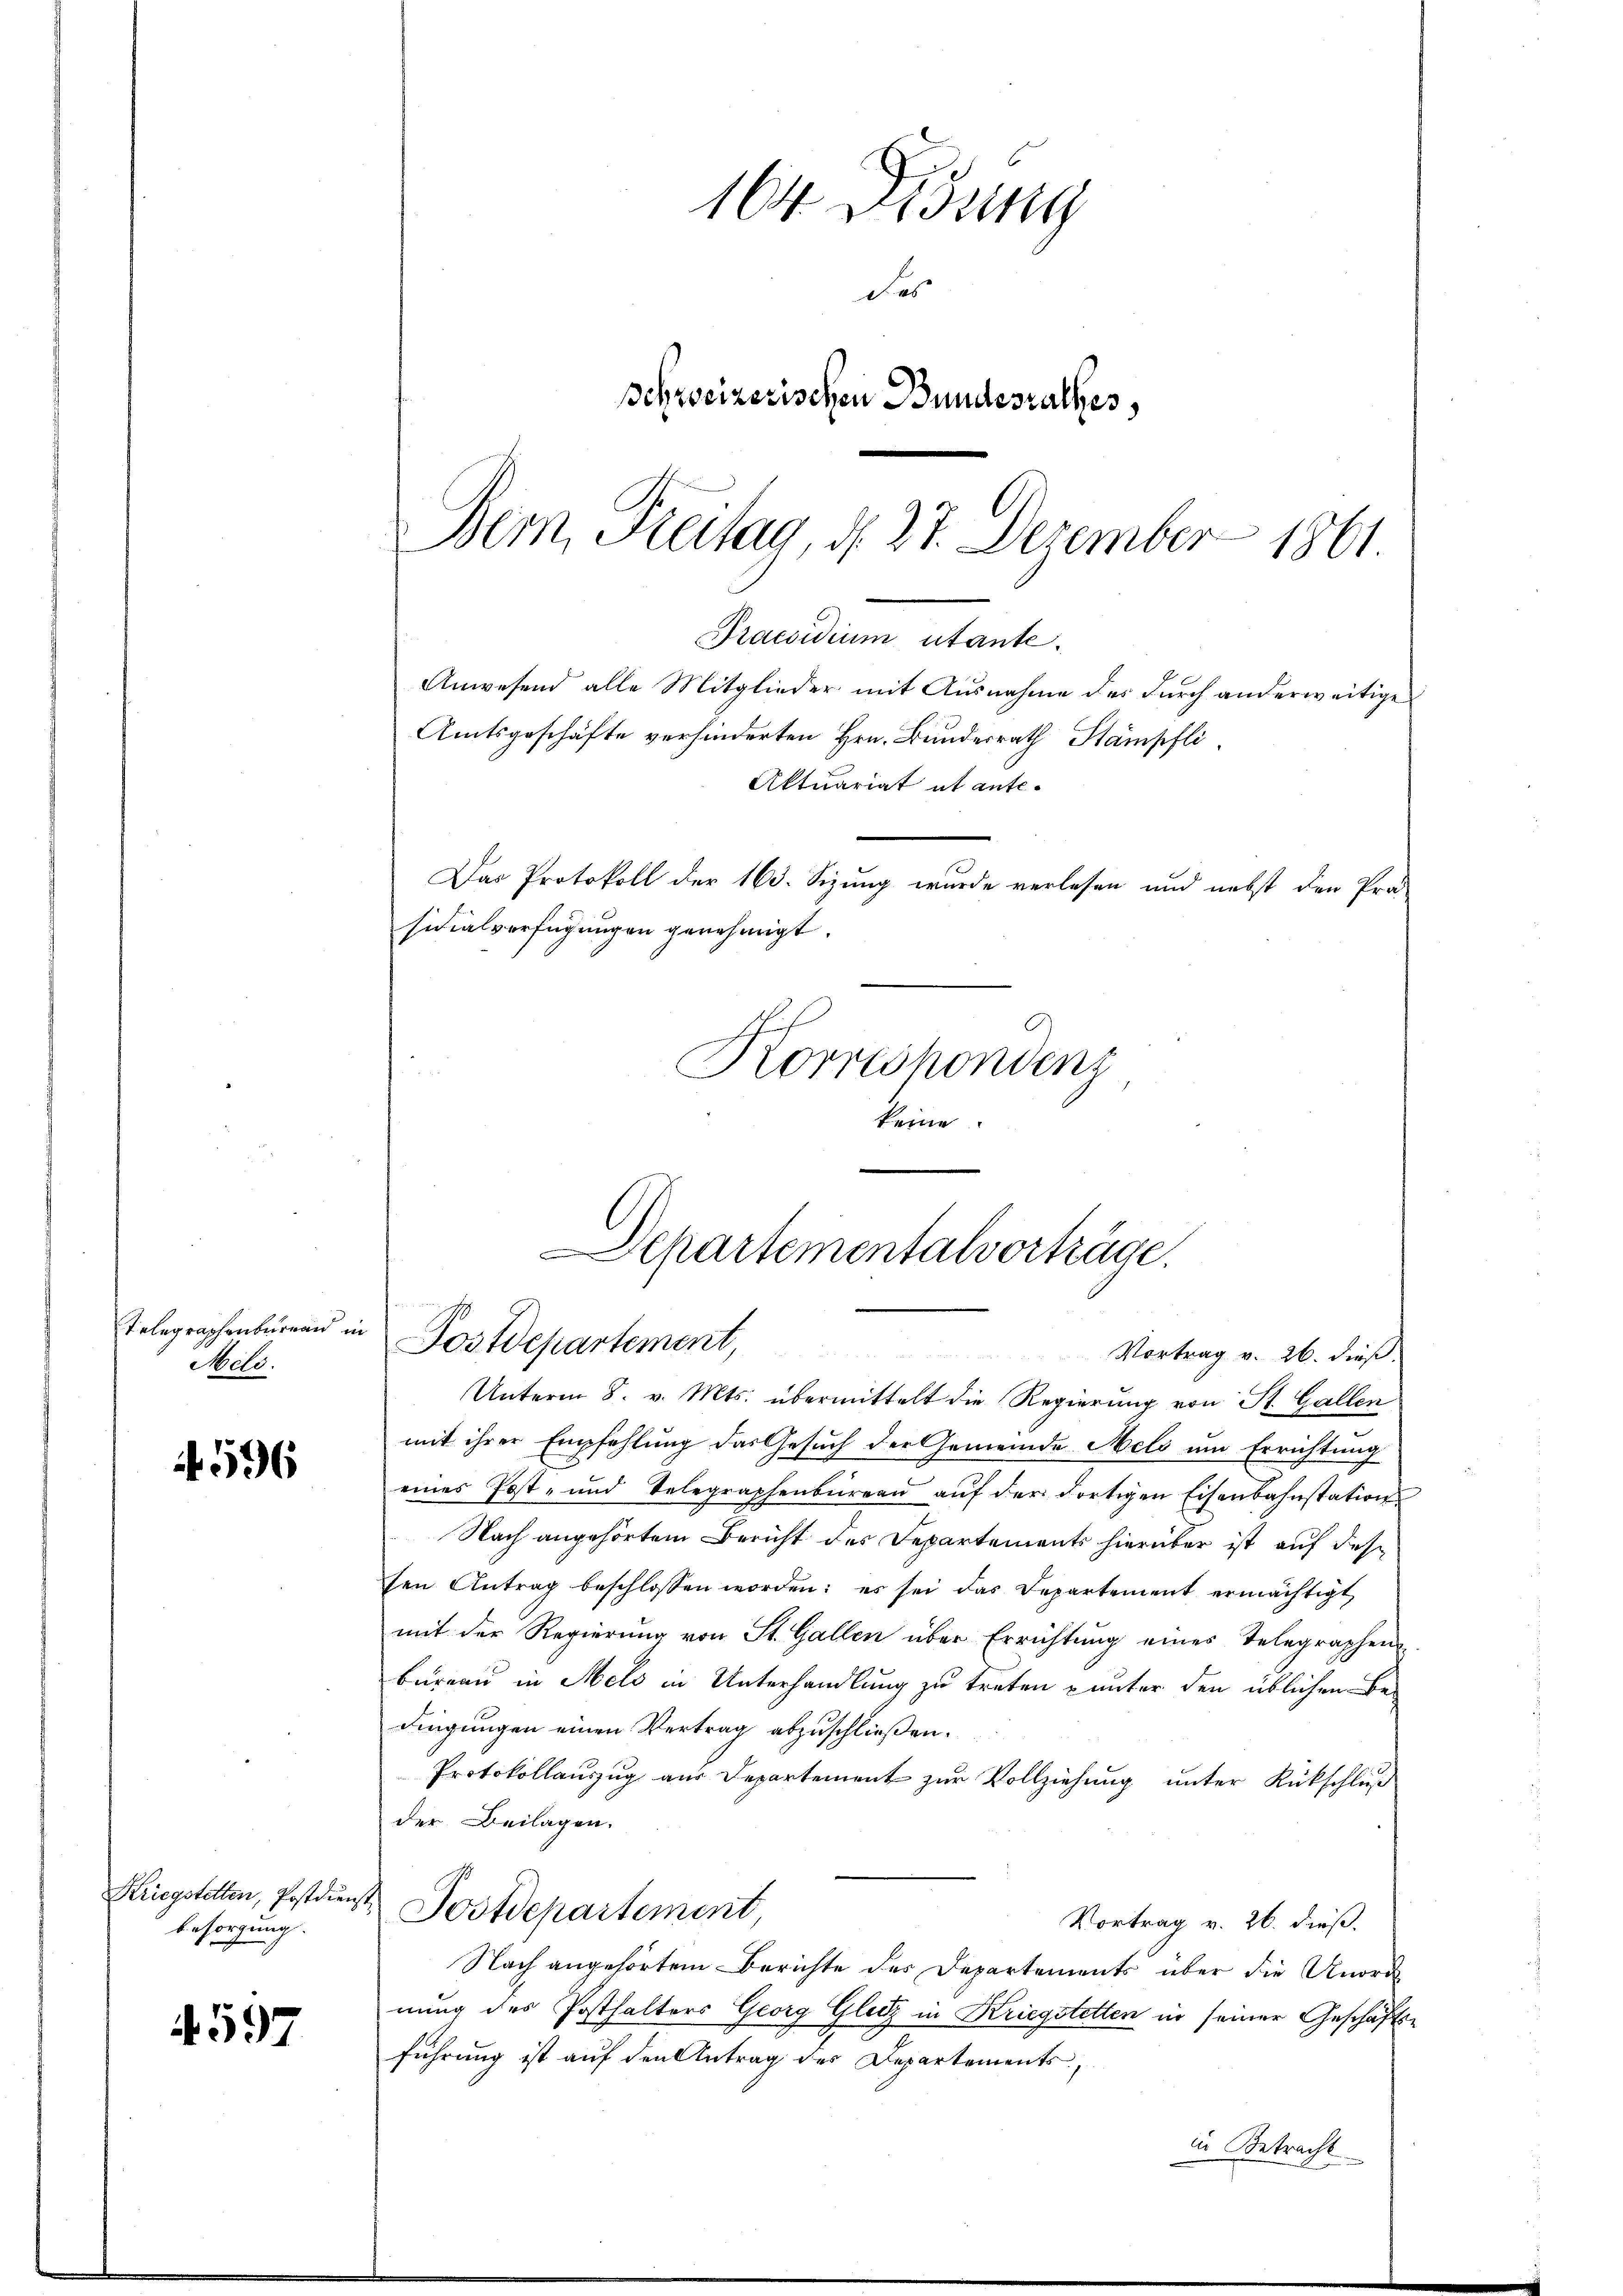
Telegraphenbureau in
Meli.

4596

Kriegstellen, Postdienst,
besorgung.

4597

164 Didung
Das
schweizerischen Bundesrathes,
Bem, Freitag, d. 27. Dezember 1861

Praesidium utante.
Anwesend alle Mitglieder mit Ausnahme des durch anderweitige
Amtsgeschäfte verhinderten Hrn. Bundesrath Stämpfli
Aktuariat et ante-
Das Protokoll der 163. Sizung wurde verlesen und nebst den Prä-
sidialverfügungen genehmigt.

Unterm 8. v. Mts. übermittelt die Regierung von St. Gallen
mit ihrer Empfehlung das Gesuch der Gemeinde Mels am Errichtung
eines Post- und Telegraphenbüreau auf der dortigen Eisenbahnstation
Nach angehörtem Bericht des Departements hierüber ist auf dessen Antrag beschlossen worden; es sei das Departement ermächtigt
mit der Regierung von St. Gallen über Errichtŭng eines Telegraphen-
büreau in Melo in Unterhandlung zu treten unter den üblichen Bedingungen einen Vertrag abzuschließen.
Protokollauszug aus Departement zur Vollziehung unter Rückschluß
der Beilagen.
Postdepartement
Vortrag v. 26. dieß.
Nach angehörtem Berichte des Departements über die Unord
nung des Posthalters Georg Glutz in Kriegstetten in seiner Geschäftsführung ist auf den Antrag des Departements,
in Betracht

Departementalvorträge.
Postdepartement,
Vortrag v. 26. dieß.

Korrespondenz
keine